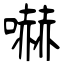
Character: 嚇